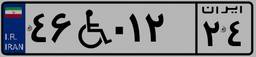
۸۲W۰۷۳۲۴